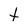
Character: t